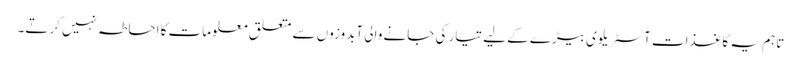
تاہم یہ کاغذات آسٹریلوی بیڑے کے لیے تیار کی جانے والی آبدوزوں سے متعلق معلومات کا احاطہ نہیں کرتے۔